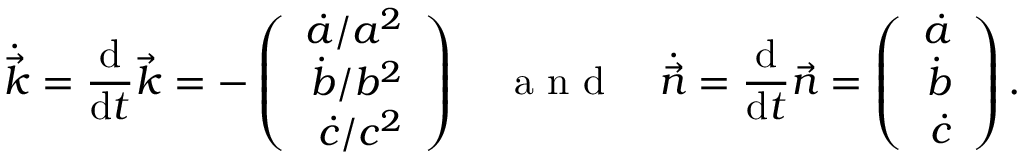
\dot { \vec { k } } = \frac { \mathrm { d } } { \mathrm { d } t } \vec { k } = - \left( \begin{array} { r } { \dot { a } / a ^ { 2 } } \\ { \dot { b } / b ^ { 2 } } \\ { \dot { c } / c ^ { 2 } } \end{array} \right) \enspace \enspace \mathrm { ~ a ~ n ~ d ~ } \enspace \enspace \dot { \vec { n } } = \frac { \mathrm { d } } { \mathrm { d } t } \vec { n } = \left( \begin{array} { r } { \dot { a } } \\ { \dot { b } } \\ { \dot { c } } \end{array} \right) .